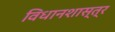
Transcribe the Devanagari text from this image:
विधानशास्त्र